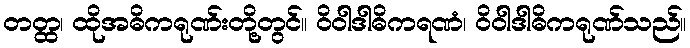
တတ္ထ၊ ထိုအဓိကရုဏ်းတို့တွင်။ ဝိဝါဒါဓိကရဏံ၊ ဝိဝါဒါဓိကရုဏ်သည်။